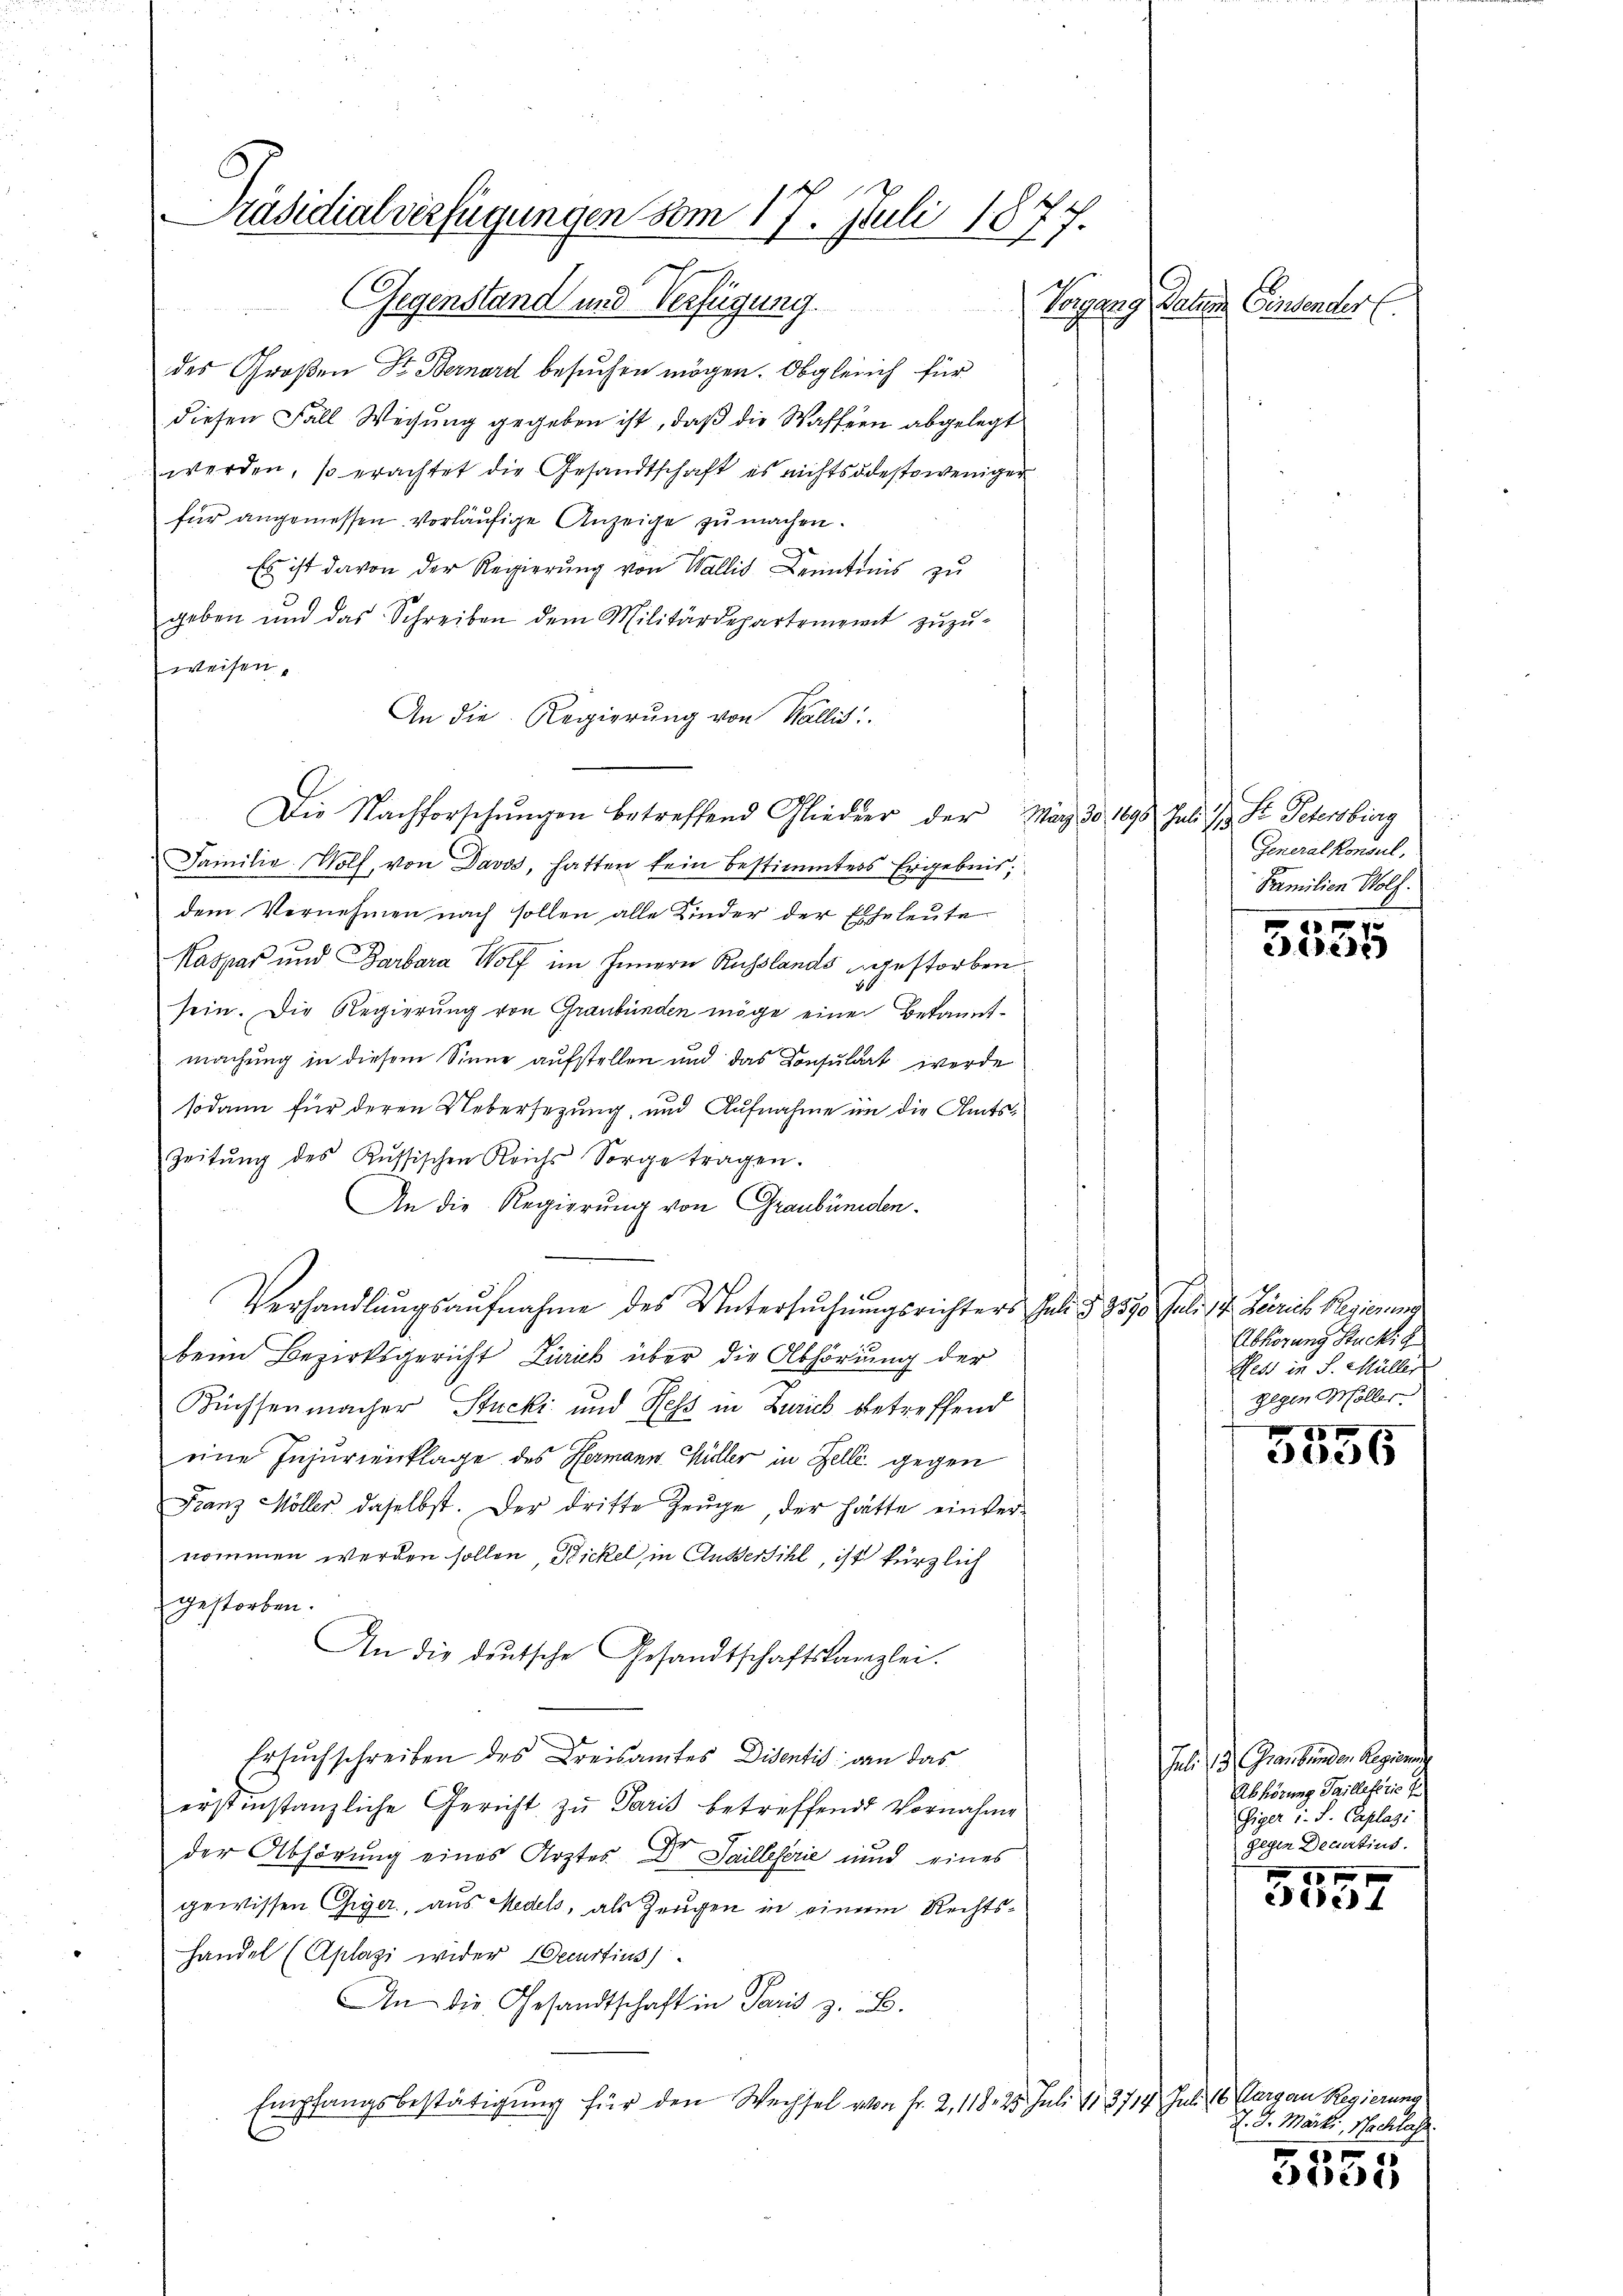
Präsidialverfügungen vom 17. Juli 1877.
Gegenstand und Verfügung.
Vorgang Station Centender E

des Großen Dr. Bernard besuchen mögen. Obgleich für
diesen Fall Weisung gegeben ist, daß die Waffeen abgelegt
werden, so erachtet die Gesandtschaft es nichtsdestoweniger
für angemessen vorläufige Anzeige zu machen.
Es ist davon der Regierŭng von Wallis Kenntnis zu
geben und das Schreiben dem Militärdepartement zuzu-
weisen,
An die Regierung von Wallis
Die Nachforschŭngen betreffend Glieder der Mag 30 1898 Juli J. St. Petersburg
Familie Wolf, von Davos, hatten kein bestimmtes Ergebnis,
dem Vernehmen nach sollen alle Kinder der Eheleute
Kaspar und Barbara Wolf im Innern Russlands gestorben.
sein. Die Regierung von Graubünden möge eine Bekanntmachung in diesem Sinne aufstellen und das Consulat werde
sodann für deren Uebersezung, und Aufnahme in die Amts¬
Zeitŭng des Kŭssischen Reichs Sorge tragen.
An die Regierung von Graubünden.
Verhandlŭngsaŭfnahme des Untersŭchŭngsrichters Juli § 8510. Juli 7. Zeirich Regierung
beim Bezirksgericht Zürich über die Abhörung der
Küssenmacher Stucki und Hess in Zürich betreffend
eine Injurienklage des Hermann Hüller in Zelle gegen
Franz Möller daselbst. Der dritte Zeuge, der hätte einvernommen werden sollen, Dickel in Außersihl, ist kürzlich
gestorben.
An die deutsche Gesandtschaftskanzlei.
Ersuchschreiben des Kreisamtes Disentis dan das
erstinstanzliche Gericht zŭ Paris betreffend Vornahme
der Abhörung eines Arztes Dr. Sailleterie und eines
gewissen Giger, aus Medels, als Zeugen in einem Rechts¬
Handel (Aplazi wider Decurtius
An die Gesandtschaft in Paris z. B.
Empfangsbestätigung für den Wechsel von Fr. 2, 118. 25. Juli 183714. Juli 16. Margau Regierung

Generalkonsul,
Familien Wolf.

7
c) die

Abhörung Stucki g
Hess in S. Müller
gegen Möller.

2 x
326

Juli 13. Graubünden Regierun
Abhörung Pailleterie f
Giger u. S. Caplazi
gegen Decurtius.

1
2e) 4

J. J. Marti, Nachlass

242